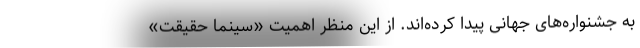
به جشنواره‌های جهانی پیدا کرده‌اند. از این منظر اهمیت «سینما حقیقت»